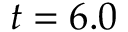
t = 6 . 0